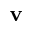
\mathbf { v }